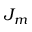
J _ { m }